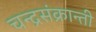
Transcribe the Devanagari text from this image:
चन्द्रसंक्रान्ती